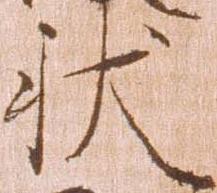
状